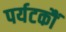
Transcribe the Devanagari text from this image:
पर्यटकौं